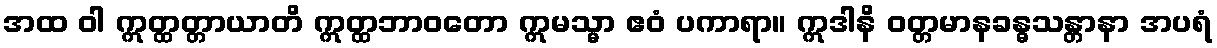
အထ ဝါ ဣတ္ထတ္တာယာတိ ဣတ္ထဘာဝတော ဣမသ္မာ ဧဝံ ပကာရာ။ ဣဒါနိ ဝတ္တမာနခန္ဓသန္တာနာ အပရံ